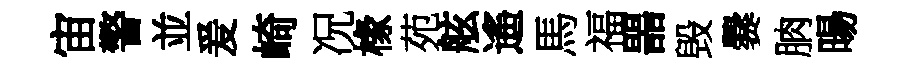
宙警並爰崎况椽苑舷遙馬福噐毁爨朒暘